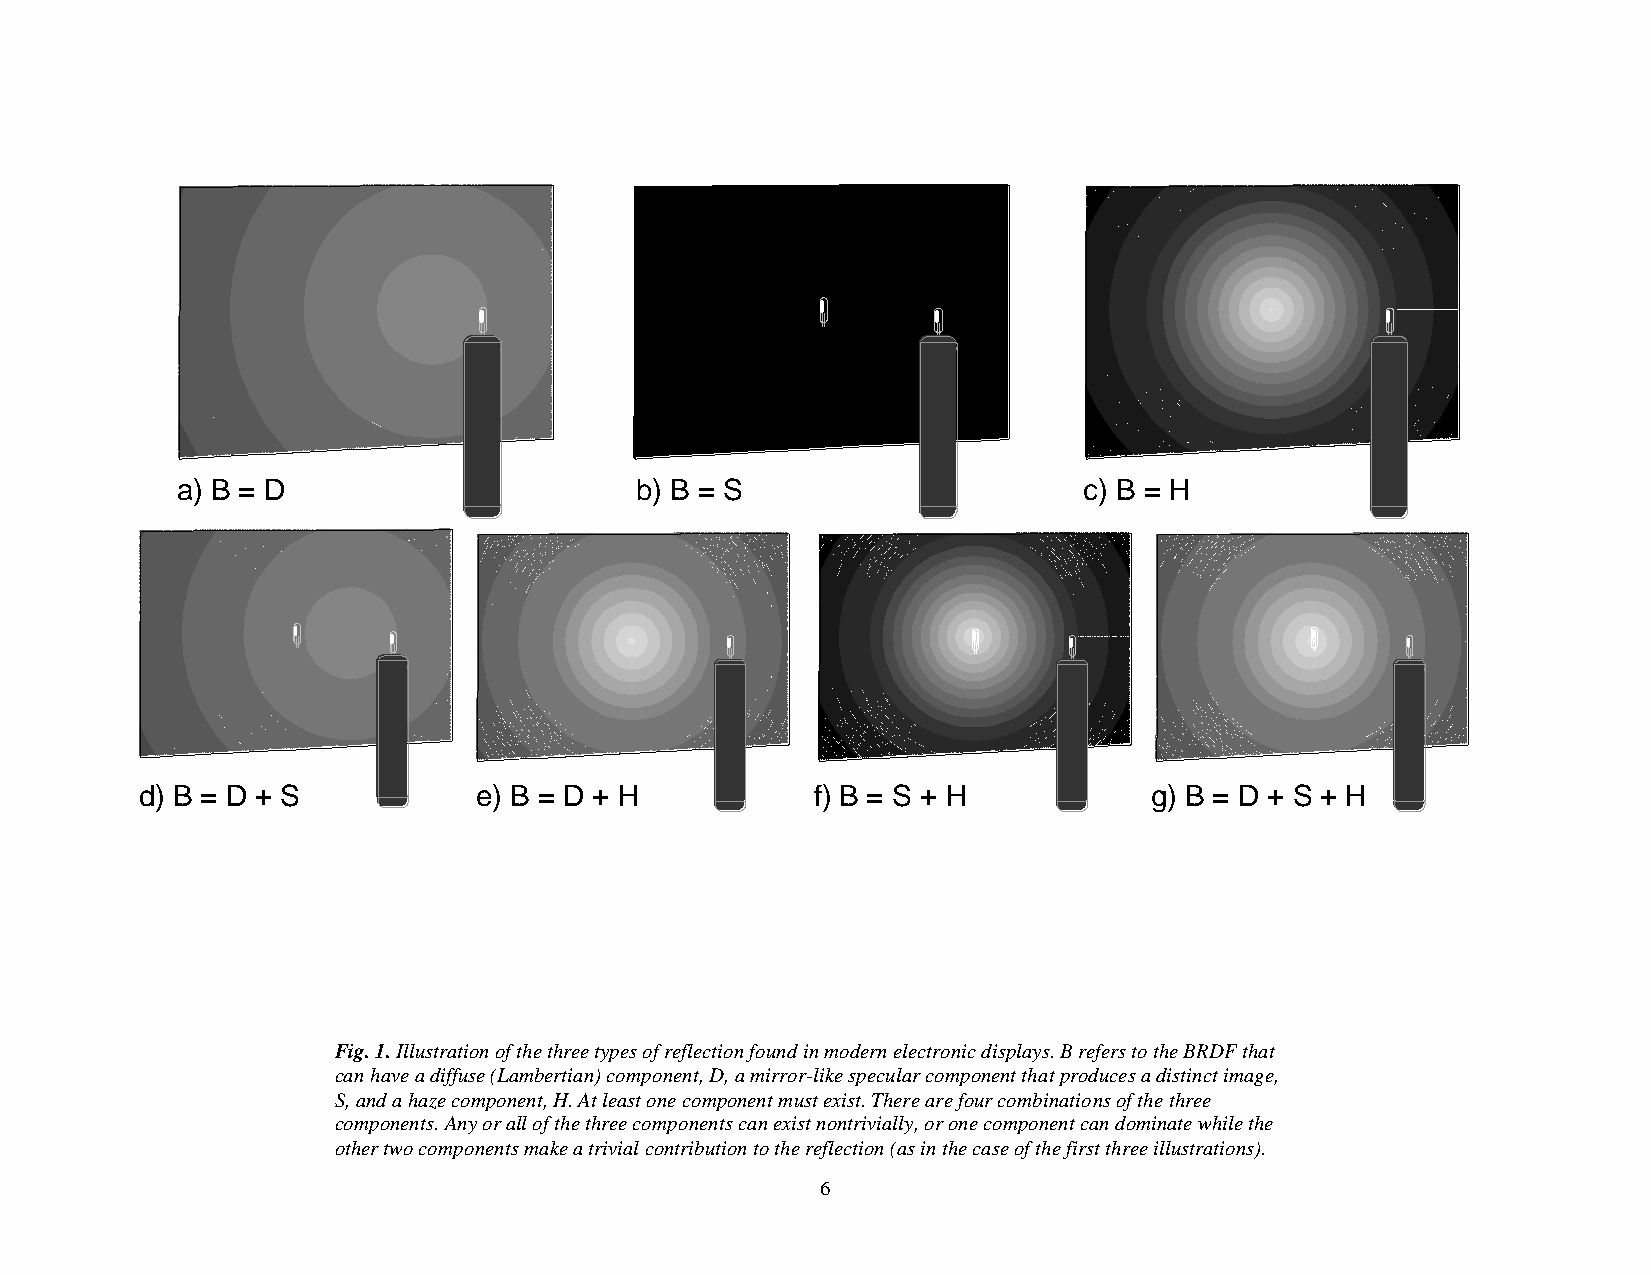
a) B = D                      b) B = S                      c) B = H
 d) B = D + S          e) B = D + H           f) B = S + H          g) B = D + S + H
 Fig. 1. Illustration of the three types of reflection found in modern electronic displays. B refers to the BRDF that
 can have a diffuse (Lambertian) component, D, a mirror-like specular component that produces a distinct image,
 S, and a haze component, H. At least one component must exist. There are four combinations of the three
 components. Any or all of the three components can exist nontrivially, or one component can dominate while the
 other two components make a trivial contribution to the reflection (as in the case of the first three illustrations).
 6